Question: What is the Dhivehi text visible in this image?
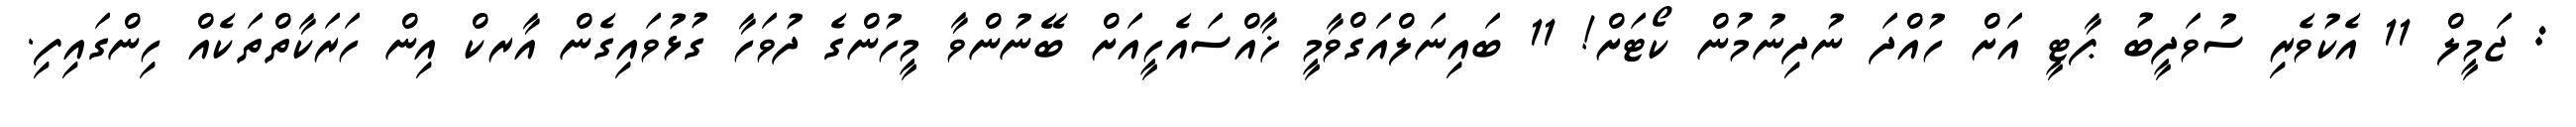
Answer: : ޖަމީލް 11 އެކުވެރި ސުވަދީބު ޕާޓީ އަށް ހުއްދަ ނުދިނުމުން ކޯޓަށް! 11 ބައިނަލްއަގްވާމީ ޚާއްސައެހީއަށް ބޭނުންވާ މީހުންގެ ދުވަހާ ގުޅުވައިގެން އާރކް އިން ހަރަކާތްތަކެއް ހިންގައިފި.